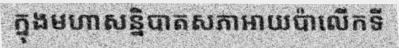
ក្នុងមហាសន្និបាតសភាអាយប៉ាលើកទី